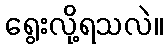
ရွေးလို့ရသလဲ။